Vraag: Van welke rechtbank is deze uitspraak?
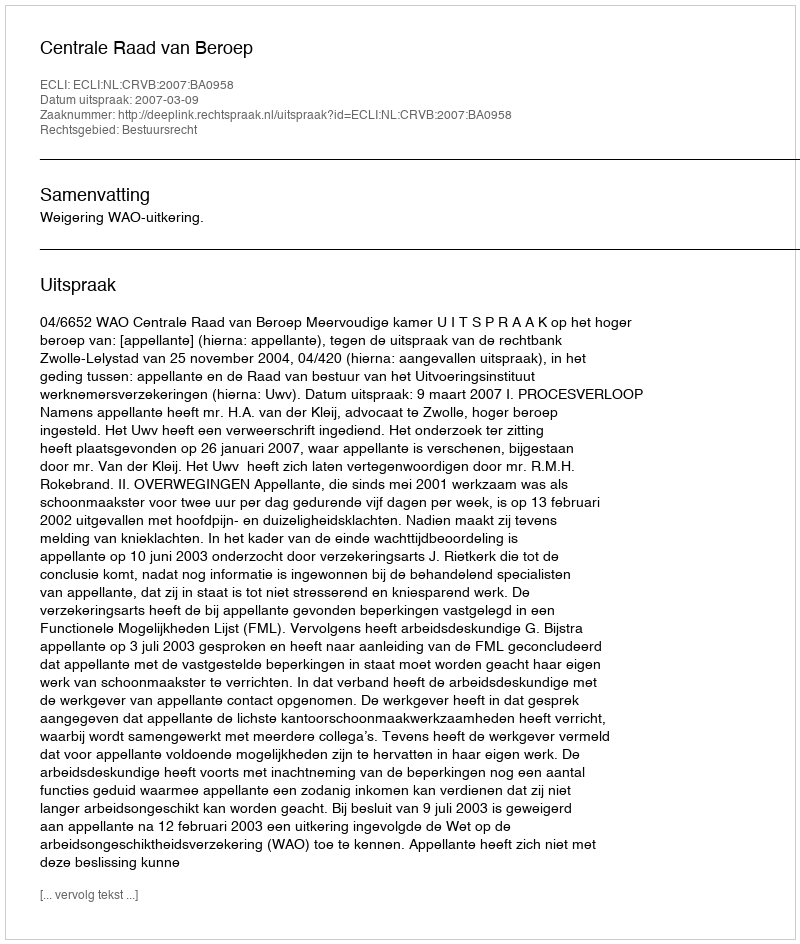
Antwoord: Centrale Raad van Beroep